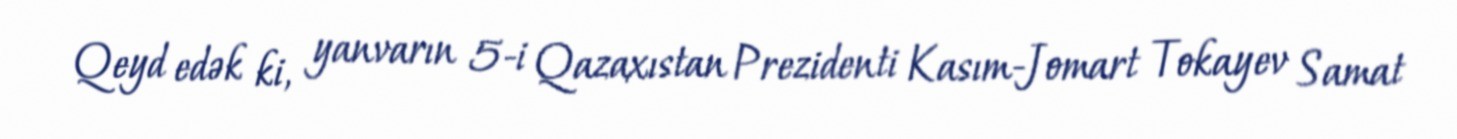
Qeyd edək ki, yanvarın 5-i Qazaxıstan Prezidenti Kasım-Jomart Tokayev Samat